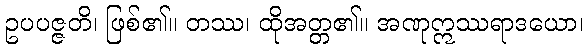
ဥပပဇ္ဇတိ၊ ဖြစ်၏။ တဿ၊ ထိုအတ္တ၏။ အဏုဣဿရာဒယော၊